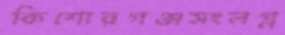
কিশোরগঞ্জসংলগ্ন